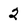
Character: 2